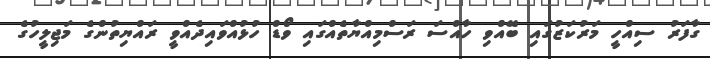
ގާފަރު ސިއްހީ މަރުކަޒުގައި ބޭއްވި ހާއްސަ ރަސްމިއްޔާތެއްގައި ވޯޑް ހުޅުއްވައިދެއްވީ ރައްޔިތުންގެ މަޖިލީހުގެ